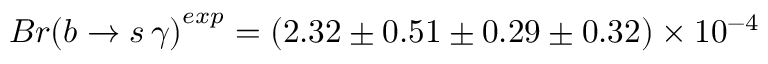
{ B r ( b \rightarrow s \, \gamma ) } ^ { e x p } = \left( 2 . 3 2 \pm 0 . 5 1 \pm 0 . 2 9 \pm 0 . 3 2 \right) \times 1 0 ^ { - 4 }